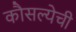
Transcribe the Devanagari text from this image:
कौसल्येची